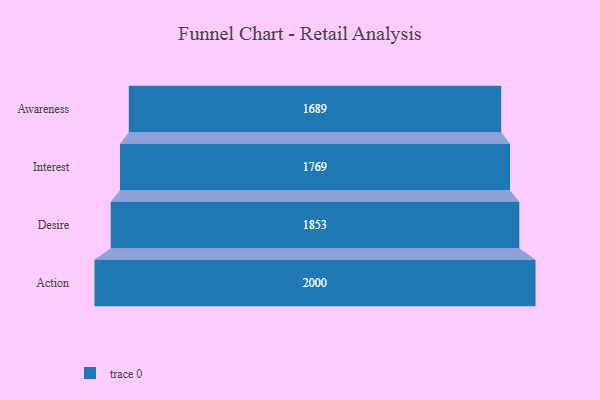
{"axis": {"x": "Stage", "y": "Value"}, "legend": [""], "data": [{"x": "Awareness", "y": 1689.0, "type": ""}, {"x": "Interest", "y": 1769.0, "type": ""}, {"x": "Desire", "y": 1853.0, "type": ""}, {"x": "Action", "y": 2000, "type": ""}]}